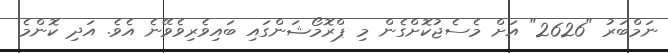
ނަމްބަރު "2626" އަށް މެސެޖުކޮށްގެން މި ޕްރޮމޯޝަންގައި ބައިވެރިވެވޭނެ އެވެ. އަދި ކޮންމެ